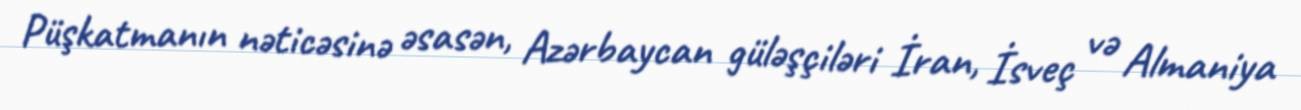
Püşkatmanın nəticəsinə əsasən, Azərbaycan güləşçiləri İran, İsveç və Almaniya